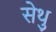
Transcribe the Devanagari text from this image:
सेथु